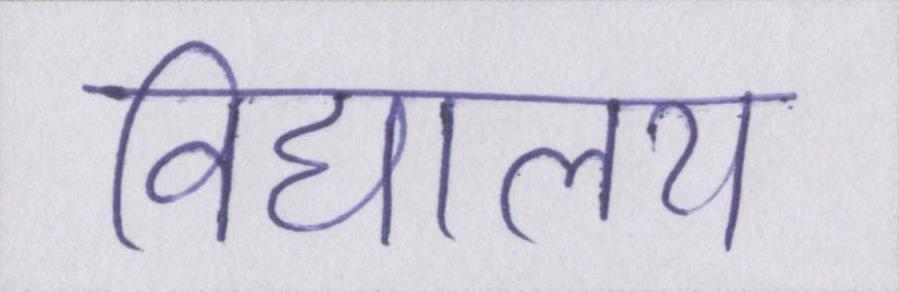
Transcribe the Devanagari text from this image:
विद्यालय